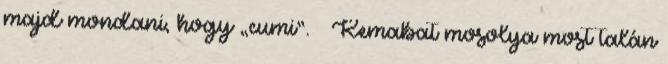
majd mondani, hogy „cumi”. – Kemabat mosolya most talán